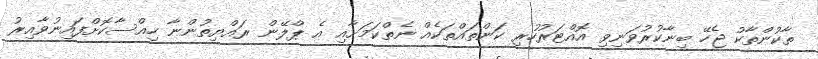
ތާކުންތާކު ޖެހޭ ބިނާކުރުވަނިވި އޮއްޓަރުހުރި ކަންތައްތަކެއް ނެތްކަމަށާއި އެ ޕްލޭން ރައްޔިތުންނާ ހިއްސާކޮށްފައިނުވާއިރު